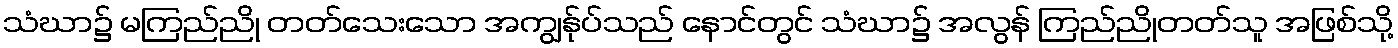
သံဃာ၌ မကြည်ညို တတ်သေးသော အကျွန်ုပ်သည် နောင်တွင် သံဃာ၌ အလွန် ကြည်ညိုတတ်သူ အဖြစ်သို့